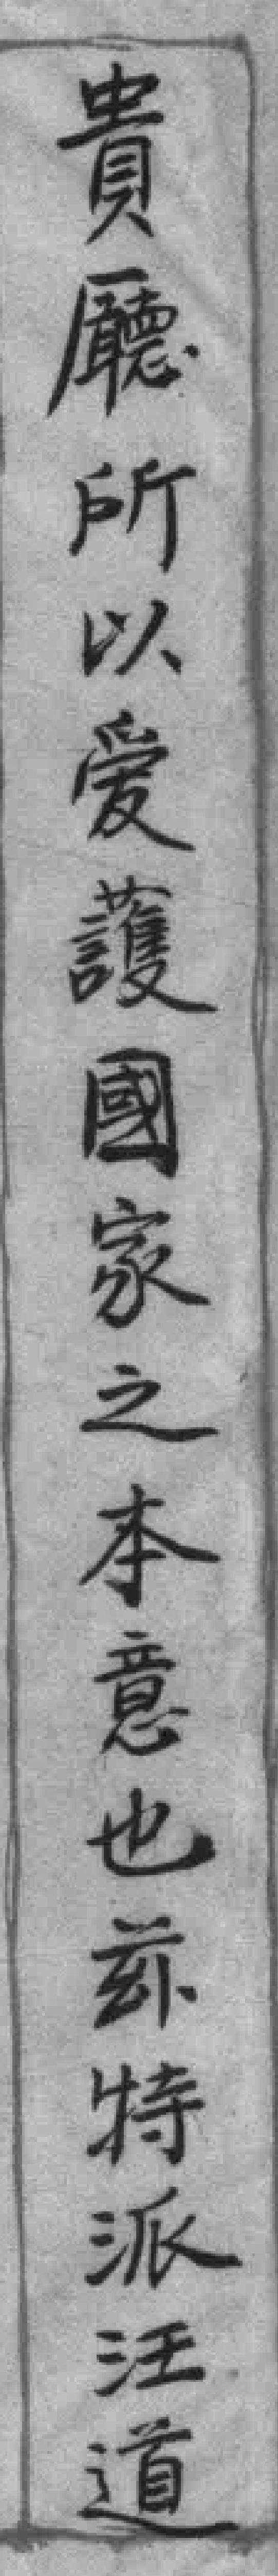
貴廳所以爱護國家之本意也茲特派汪道